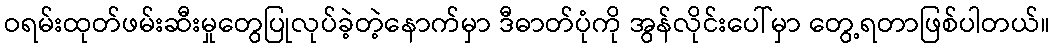
ဝရမ်းထုတ်ဖမ်းဆီးမှုတွေပြုလုပ်ခဲ့တဲ့နောက်မှာ ဒီဓာတ်ပုံကို အွန်လိုင်းပေါ်မှာ တွေ့ရတာဖြစ်ပါတယ်။